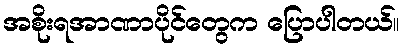
အစိုးရအာဏာပိုင်တွေက ပြောပါတယ်။